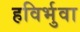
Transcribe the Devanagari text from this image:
हविर्भुवा